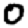
Digit: 0